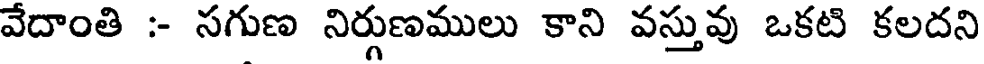
వేదాంతి :- సగుణ నిర్గుణములు కాని వస్తువు ఒకటి కలదని